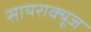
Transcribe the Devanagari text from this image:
सायराक्यूज